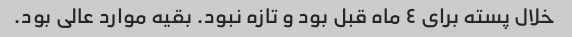
خلال پسته برای ٤ ماه قبل بود و تازه نبود. بقیه موارد عالی بود.